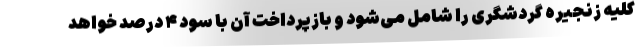
کلیه زنجیره گردشگری را شامل می‌شود و بازپرداخت آن با سود ۴ درصد خواهد